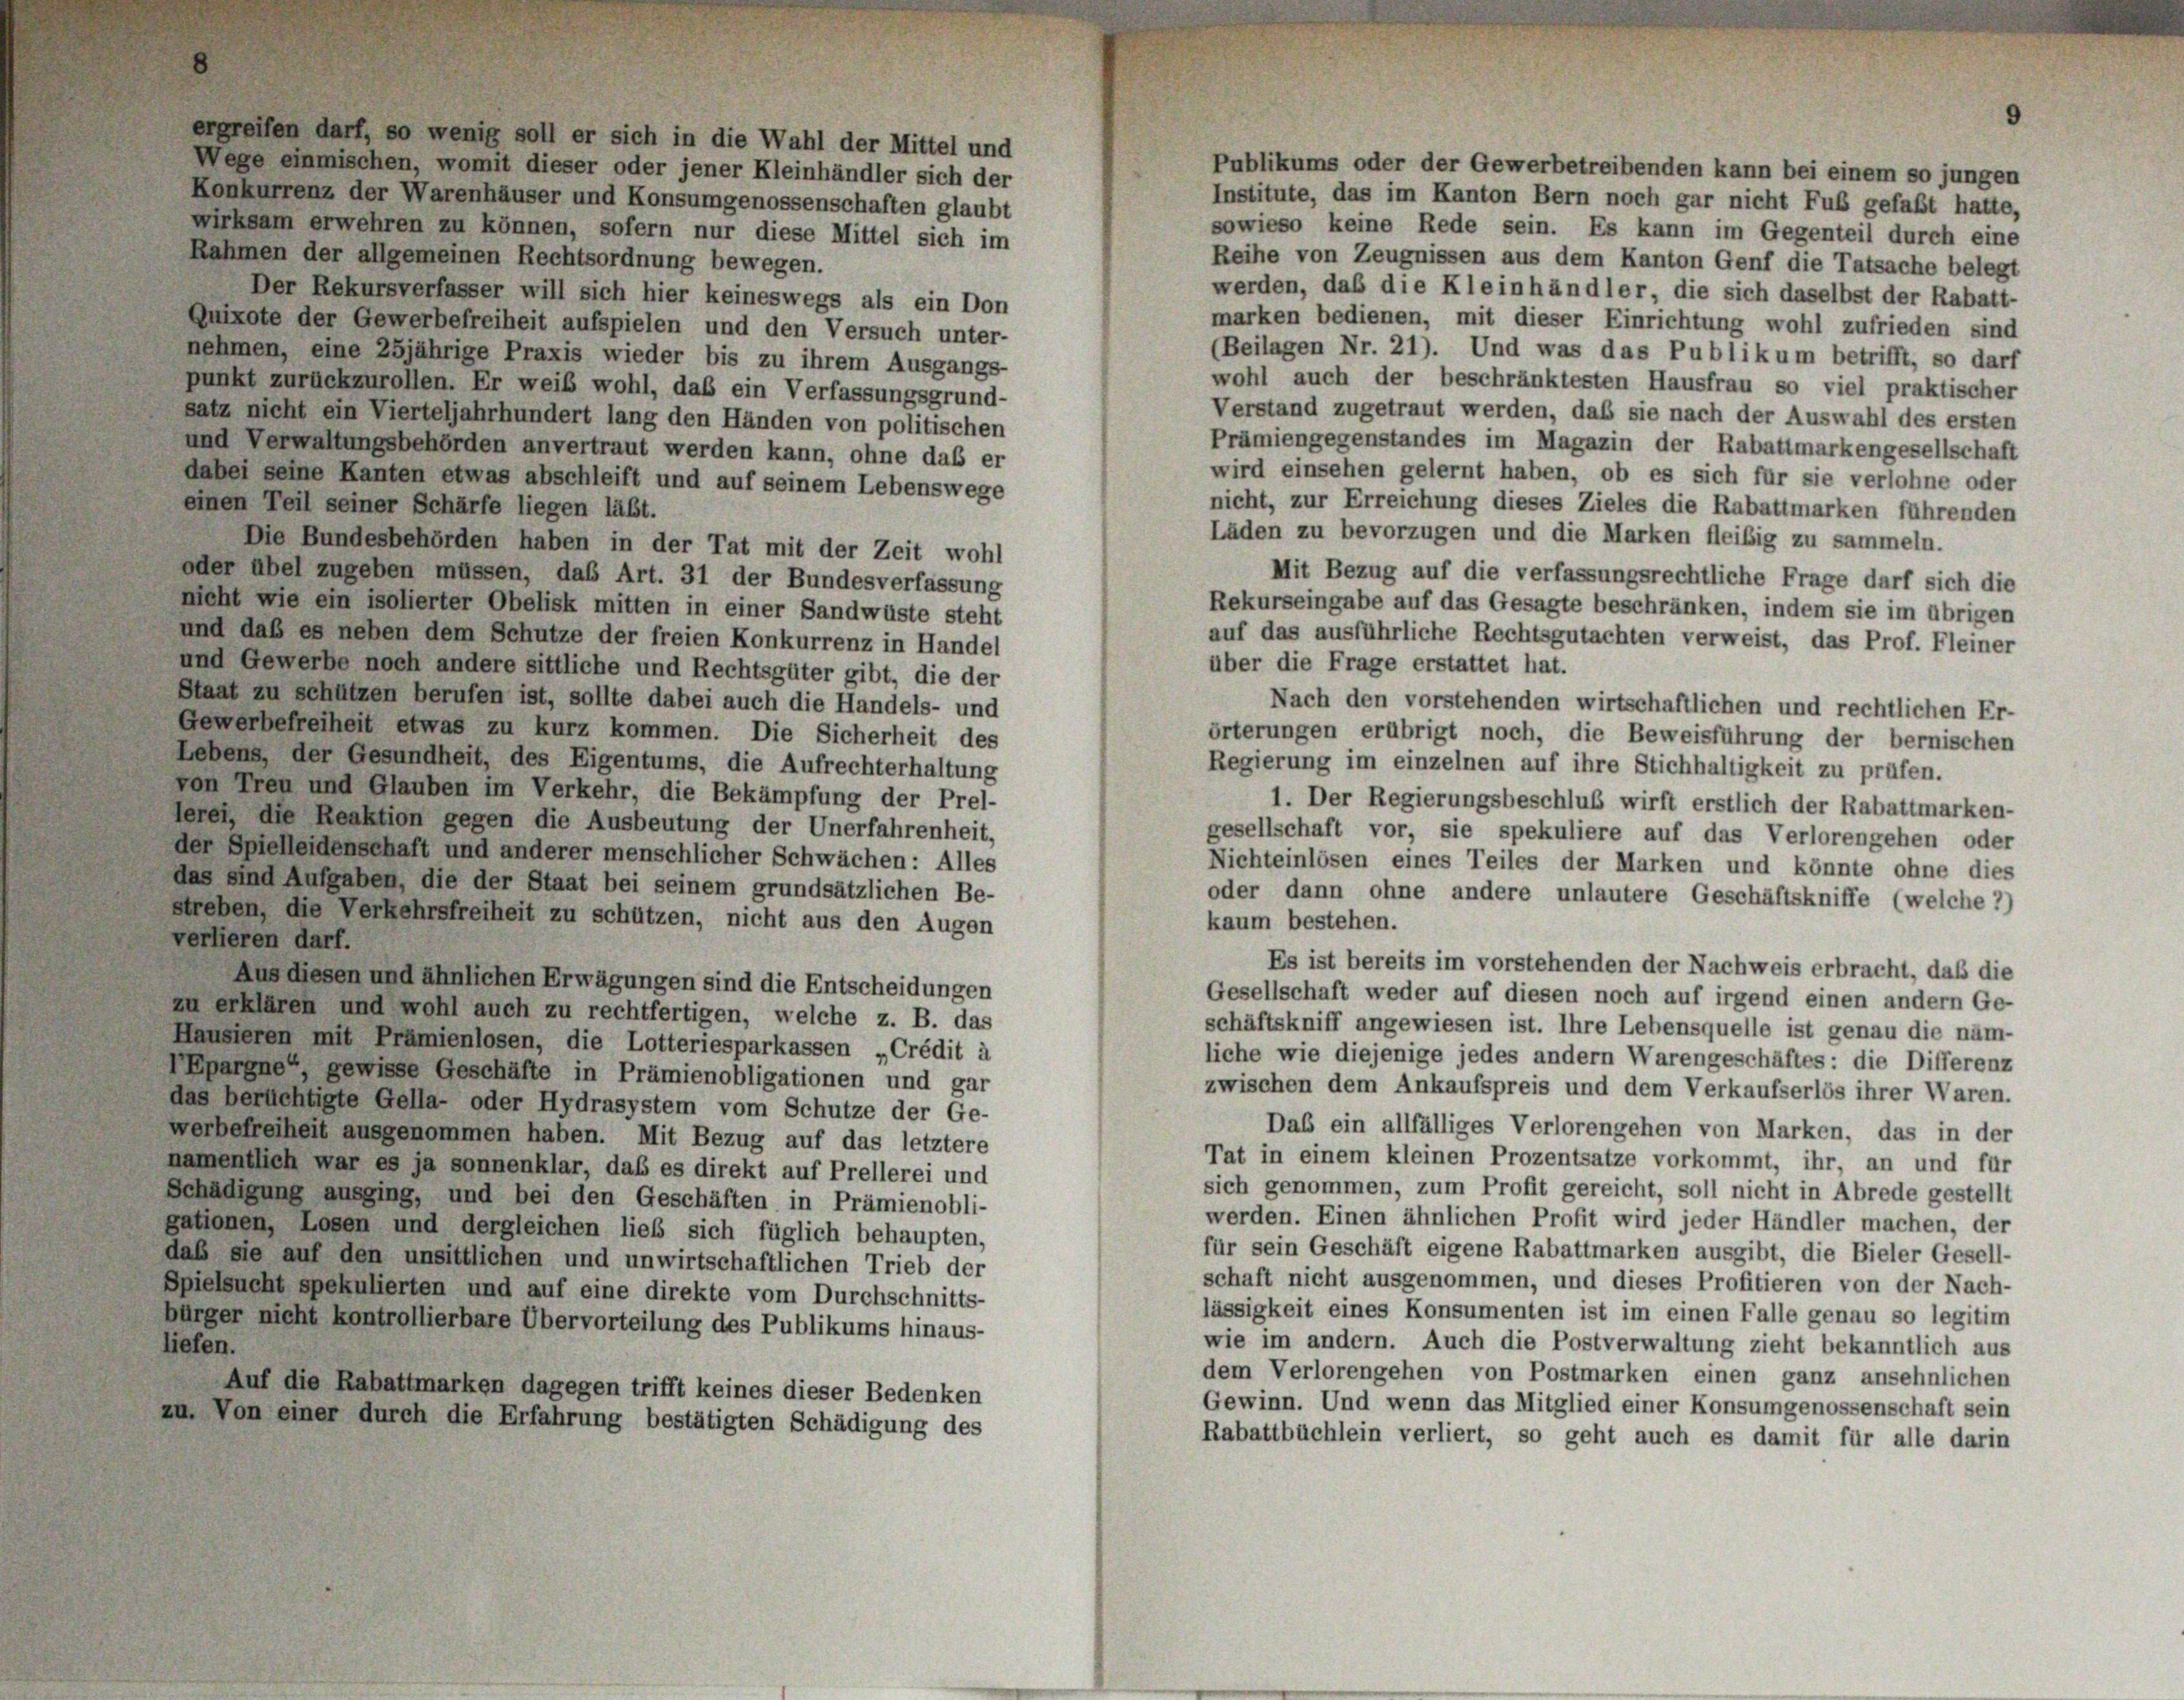
enig soll er sich in die Wahl der Mittel und

ege einmischen, womit dieser oder jener Kleinhändler sich der
Publikums oder der Gewerbetreibenden kann bei einem so jungen
akurrenz der Warenhäuser und Konsumgenossenschaften glaubt
Institute, das im Kanton Bern noch gar nicht Fuß gefaßt hatte,
rksam erwehren zu können, sofern nur diese Mittel sich im
sowieso keine Rede sein. Es kann im Gegenteil durch eine
men der allgemeinen Rechtsordnung bewegen.
Reihe von Zeugnissen aus dem Kanton Genf die Tatsache belegt
werden, daß die Kleinhändler, die sich daselbst der Rabatt-
Der Rekursverfasser will sich hier keineswegs als ein Don
marken bedienen, mit dieser Einrichtung wohl zufrieden sind
ixote der Gewerbefreiheit aufspielen und den Versuch unter-
(Beilagen Nr. 21). Und was das Publikum betrifft, so darf
hmen, eine 25jährige Praxis wieder bis zu ihrem Ausgangs-
wohl auch der beschränktesten Hausfrau so viel praktischer
kt zurückzurollen. Er weib wohl, daß ein Verfassungsgrund-
Verstand zugetraut werden, daß sie nach der Auswahl des ersten
z nicht ein Vierteljahrhundert lang den Händen von politischen
Prämiengegenstandes im Magazin der Rabattmarkengesellschaft
1 Verwaltungsbehörden anvertraut werden kann, ohne das er
wird einsehen gelernt haben, ob es sich für sie verlohne oder
ei seine Kanten etwas abschleift und auf seinem Lebenswege
nicht, zur Erreichung dieses Zieles die Rabattmarken führenden
en Teil seiner Schärfe liegen läßt.
Läden zu bevorzugen und die Marken fleißig zu sammeln.
Die Bundesbehörden haben in der Tat mit der Zeit wohl
r übel zugeben müssen, das Art. 31 der Bundesverfassung
Mit Bezug auf die verfassungsrechtliche Frage darf sich die
Rekurseingabe auf das Gesagte beschränken, indem sie im übrigen
t wie ein isolierter Obelisk mitten in einer Sandwüste steht
daß es neben dem Schutze der freien Konkurrenz in Handel
auf das ausführliche Rechtsgutachten verweist, das Prof. Fleiner
über die Frage erstattet hat.
Gewerbe noch andere sittliche und Rechtsgüter gibt, die der
tt zu schützen berufen ist, sollte dabei auch die Handels- und
Nach den vorstehenden wirtschaftlichen und rechtlichen Er-
verbefreiheit etwas zu kurz kommen. Die Sicherheit des
örterungen erübrigt noch, die Beweisführung der bernischen
ens, der Gesundheit, des Eigentums, die Aufrechterhaltung
Regierung im einzelnen auf ihre Stichhaltigkeit zu prüfen.
Treu und Glauben im Verkehr, die Bekämpfung der Prel-
1. Der Regierungsbeschluß wirft erstlich der Rabattmarken-
1) die Reaktion gegen die Ausbeutung der Unerfahrenheit.
gesellschaft vor, sie spekuliere auf das Verlorengehen oder
Spielleidenschaft und anderer menschlicher Schwächen: Alles
Nichteinlösen eines Teiles der Marken und könnte ohne dies
sind Aufgaben, die der Staat bei seinem grundsätzlichen Be-
oder dann ohne andere unlautere Geschäftskniffe (welche 2)
sen, die Verkehrsfreiheit zu schützen, nicht aus den Augen
kaum bestehen.
ieren darf.
Es ist bereits im vorstehenden der Nachweis erbracht, daß die
Aus diesen und ähnlichen Erwägungen sind die Entscheidungen
Gesellschaft weder auf diesen noch auf irgend einen andern Ge-
rklären und wohl auch zu rechtfertigen, welche z. B. das
schäftskniff angewiesen ist. Ihre Lebensquelle ist genau die näm-
sieren mit Prämienlosen, die Lotteriesparkassen „Crédit à
liche wie diejenige jedes andern Warengeschäftes: die Differenz
rgne, gewisse Geschäfte in Prämienobligationen und gar
zwischen dem Ankaufspreis und dem Verkaufserlös ihrer Waren.
berichtigte Gella- oder Hydrasystem vom Schutze der Ge-
Das ein allfälliges Verlorengehen von Marken, das in der
gefreiheit ausgenommen haben. Mit Bezug auf das letztere
Tat in einem kleinen Prozentsatze vorkommt, ihr, an und für
ntlich war es ja sonnenklar, daß es direkt auf Prellerei und
sich genommen, zum Profit gereicht, soll nicht in Abrede gestellt
digung ausging, und bei den Geschäften in Prämienobli-
werden. Einen ähnlichen Profit wird jeder Händler machen, der
mnen, Losen und dergleichen ließ sich füglich behaupten,
für sein Geschäft eigene Rabattmarken ausgibt, die Bieler Gesell-
sie auf den unsittlichen und unwirtschaftlichen Trieb der
schaft nicht ausgenommen, und dieses Profitieren von der Nach-
sucht spekulierten und auf eine direkte vom Durchschnitts-
lässigkeit eines Konsumenten ist im einen Falle genau so legitim
er nicht kontrollierbare Übervorteilung des Publikums hinaus-
wie im andern. Auch die Postverwaltung zieht bekanntlich aus
dem Verlorengehen von Postmarken einen ganz ansehnlichen
Auf die Rabattmarken dagegen trifft keines dieser Bedenken
Gewinn. Und wenn das Mitglied einer Konsumgenossenschaft sein
Von einer durch die Erfahrung bestätigten Schädigung des
Rabattbüchlein verliert, so geht auch es damit für alle darin